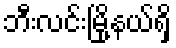
ဘီးလင်းမြို့နယ်ရှိ